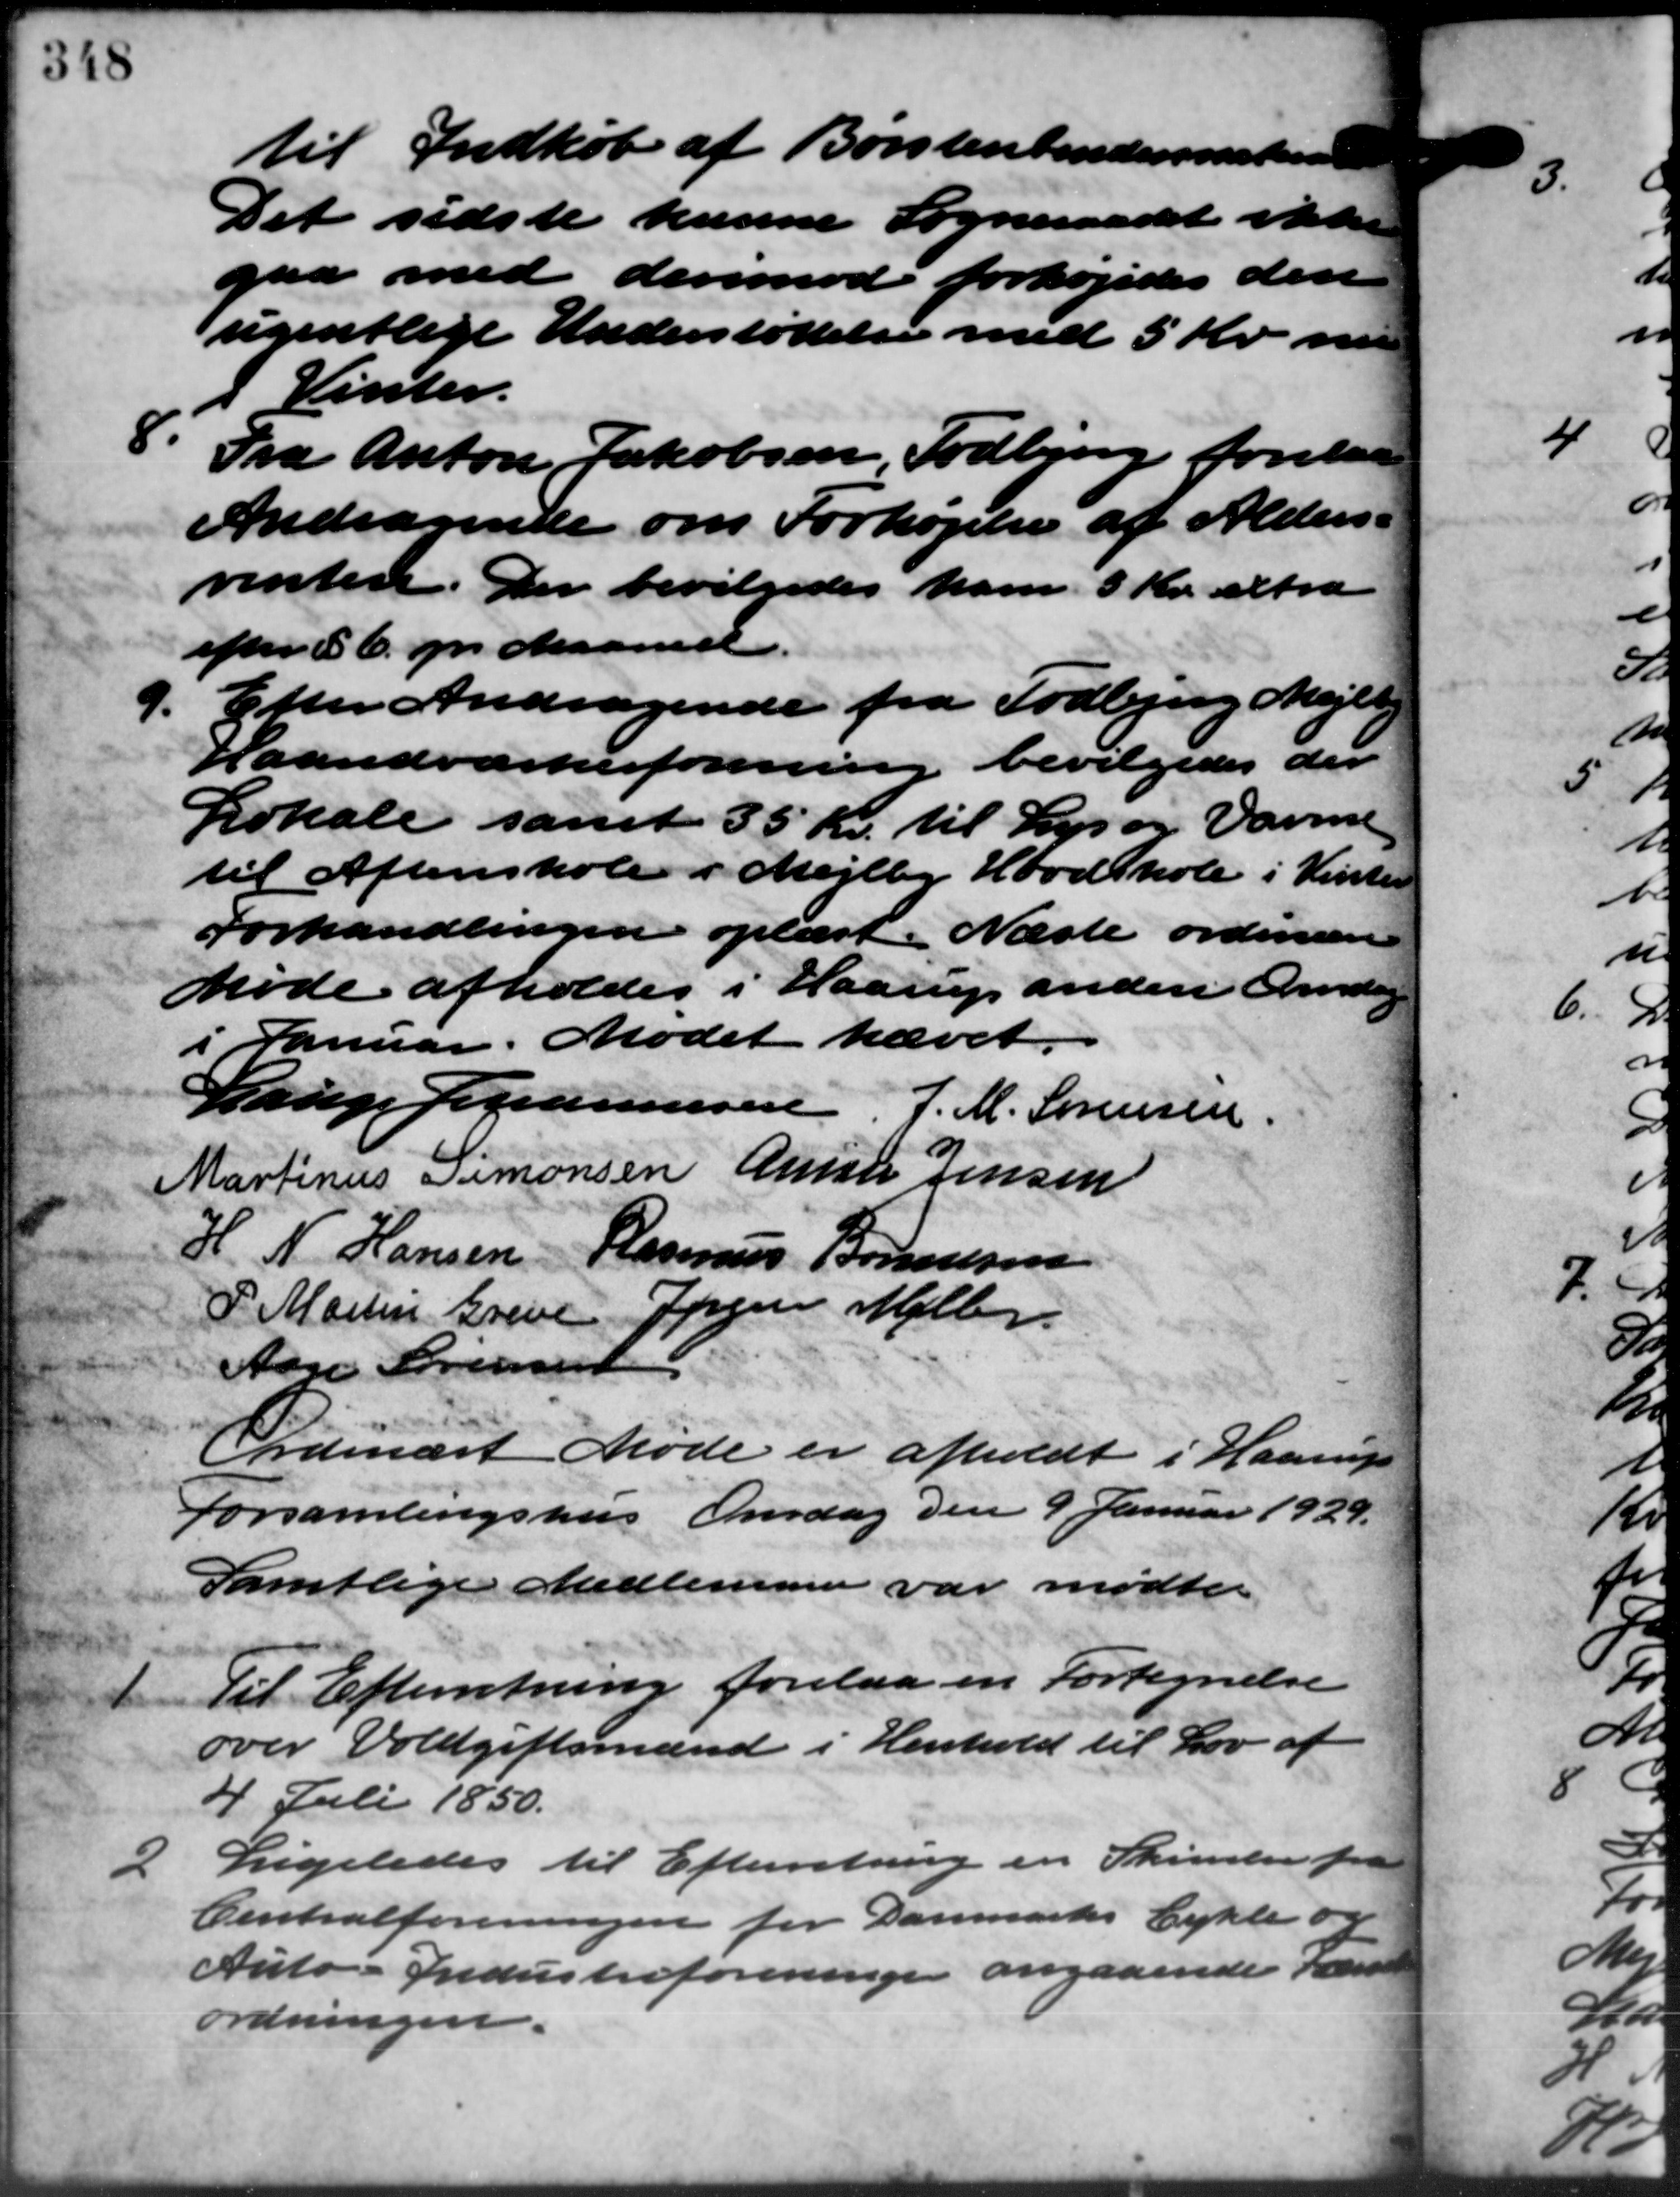
Transskription:
til Indkøb af Borstenbendersmaterne
Det sidste kunne Sogneraadet ikke
gaa med derimod forhøjedes den
ugentlige Understøttelse med 5 Kr. nu
i Vinter.
8. Fra Anton Jakobsen, Todbjerg forelaa
8. Fra Anton Jakobsen, Todbjerg forelaa
Andragende om Forhøjelse af Alders –
renten. Der bevilgedes ham 3 Kr. extra
efter § 6. pr. Maaned.
9. Efter Andragende fra Todbjerg Mejlby
9. Efter Andragende fra Todbjerg Mejlby
Haandværkerforening bevilgedes der
Lokale samt 35 Kr. til Lys og Varme
til Aftenskole i Mejlby Hoodskole i Vinter
Forhandlingen oplæst. Næste ordinære
Møde afholdes i Haarup anden Onsdag
i Januar. Mødet hævet.
Lauge Johannesen, J. M. Sørensen.
Martinus Simonsen Ander Jensen
H. N. Hansen Rasmus Bonnesen
P. Martin Greve Jørgen Møller
Aage Sørensen
Ordinært Møde er afholdt i Haarup
Forsamlingshus Onsdag den 9 Januar 1929.
Samtlige Medlemmer var mødte.
1 Til Efterretning forelaa en Fortegnelse
1 Til Efterretning forelaa en Fortegnelse
over Voldgiftsmænd i Henhold til Lov af
4 Juli 1850.
2 Ligeledes til Efterretning en Skrivelse fra
2 Ligeledes til Efterretning en Skrivelse fra
Centralforeningen for Danmarks Cykle og
Auto Industreforeninge angaaende fr
ordningen.